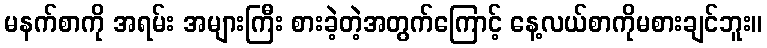
မနက်စာကို အရမ်း အများကြီး စားခဲ့တဲ့အတွက်ကြောင့် နေ့လယ်စာကိုမစားချင်ဘူး။